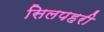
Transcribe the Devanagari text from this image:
सिलपहरी